Sketch of the medical history of the native army of Bombay, for the year
Year: 1875
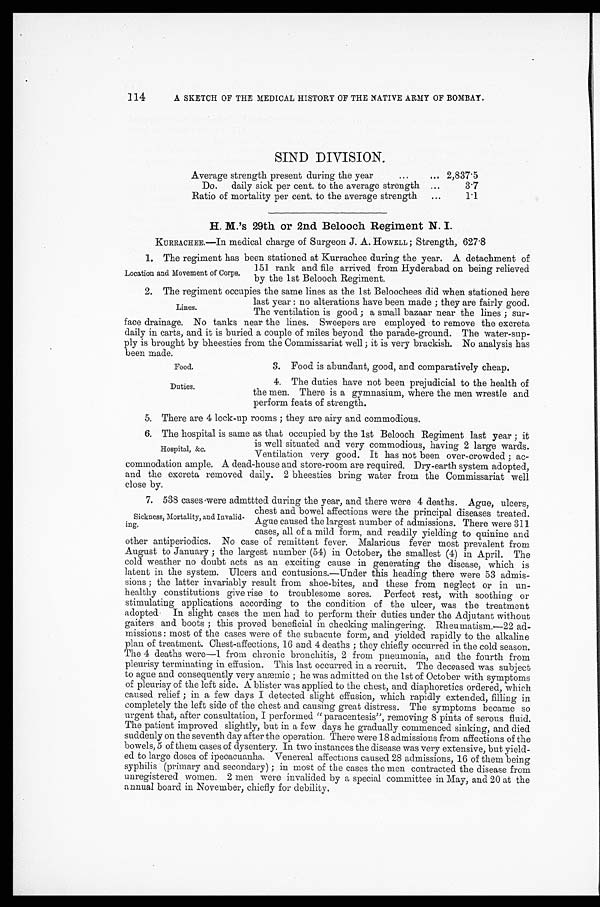
Food.
Duties.
A SKETCH OF THE MEDICAL HISTORY OF THE NATIVE ARMY OF BOMBAY.
SIND DIVISION.
Average strength present during the year . . . 2,837.5
Do. daily sick per cent. to the average strength . . .
3.7
Ratio of mortality per cent. to the average strength . . .
1.1
H. M.'s 29th or 2nd Belooch Regiment N. I.
KURRACHEE.—In medical charge of Surgeon J. A. HOWELL; Strength, 627.8
1. The regiment has been stationed at Kurrachee during the year. A detachment of
151 rank and file arrived from Hyderabad on being relieved
by the 1st Belooch Regiment.
2. The regiment occupies the same lines as the 1st Beloochees did when stationed here
last year: no alterations have been made; they are fairly good.
The ventilation is good; a small bazaar near the lines; sur
-
face drainage. No tanks near the lines. Sweepers are employed to remove the excreta
daily in carts, and it is buried a couple of miles beyond the parade-ground. The water-sup
-
ply is brought by bheesties from the Commissariat well; it is very brackish. No analysis has
been made.
3. Food is abundant, good, and comparatively cheap.
4. The duties have not been prejudicial to the health of
the men. There is a gymnasium, where the men wrestle and
perform feats of strength.
5. There are 4 lock-up rooms; they are airy and commodious.
6. The hospital is same as that occupied by the 1st Belooch Regiment last year; it
is well situated and very commodious, having 2 large wards.
Ventilation very good. It has not been over-crowded; ac
-
commodation ample. A dead-house and store-room are required. Dry-earth system adopted,
and the excreta removed daily. 2 bheesties bring water from the Commissariat well
close by.
7. 538 cases were admttted during the year, and there were 4 deaths. Ague, ulcers,
chest and bowel affections were the principal diseases treated.
Ague caused the largest number of admissions. There were 311
cases, all of a mild form, and readily yielding to quinine and
other antiperiodics. No case of remittent fever. Malarious fever most prevalent from
August to January; the largest number (54) in October, the smallest (4) in April. The
cold weather no doubt acts as an exciting cause in generating the disease, which is
latent in the system. Ulcers and contusions.—Under this heading there were 53 admis
-
sions; the latter invariably result from shoe-bites, and these from neglect or in un
-
healthy constitutions give rise to troublesome sores. Perfect rest, with soothing or
stimulating applications according to the condition of the ulcer, was the treatment
adopted In slight cases the men had to perform their duties under the Adjutant without
gaiters and boots; this proved beneficial in checking malingering. Rheumatism.—22 ad
-
missions: most of the cases were of the subacute form, and yielded rapidly to the alkaline
plan of treatment. Chest-affections, 16 and 4 deaths; they chiefly occurred in the cold season.
The 4 deaths were—1 from chronic bronchitis, 2 from pneumonia, and the fourth from
pleurisy terminating in effusion. This last occurred in a recruit. The deceased was subject
to ague and consequently very anæmic; he was admitted on the 1st of October with symptoms
of pleurisy of the left side. A blister was applied to the chest, and diaphoretics ordered, which
caused relief; in a few days I detected slight effusion, which rapidly extended, filling in
completely the left side of the chest and causing great distress. The symptoms became so
urgent that, after consultation, I performed "paracentesis", removing 8 pints of serous fluid.
The patient improved slightly, but in a few days he gradually commenced sinking, and died
suddenly on the seventh day after the operation. There were 18 admissions from affections of the
bowels, 5 of them cases of dysentery. In two instances the disease was very extensive, but yield
-
ed to large doses of ipecacuanha. Venereal affections caused 28 admissions, 16 of them being
syphilis (primary and secondary); in most of the cases the men contracted the disease from
unregistered women. 2 men were invalided by a special committee in May, and 20 at the
annual board in November, chiefly for debility.
114
Location and Movement of Corps.
Lines.
Hospital, &c.
Sickness, Mortality, and Invalid
-
ing.